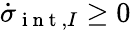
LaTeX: \dot{\sigma}_{\mathrm{~i~n~t~},I}\ge 0